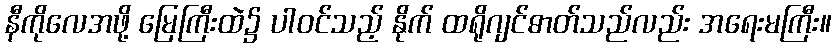
နီကိုလေအဖို့ မြေကြီးထဲ၌ ပါဝင်သည့် နိုက် ထရိုဂျင်ဓာတ်သည်လည်း အရေးမကြီး။